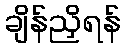
ချိန်ညှိရန်